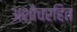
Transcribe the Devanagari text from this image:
अशौचरहित